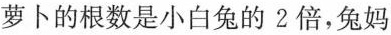
萝卜的根数是小白兔的2倍，兔妈